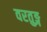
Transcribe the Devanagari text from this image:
वरतुङ्ग